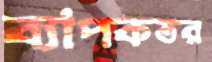
ব্যাপকতর